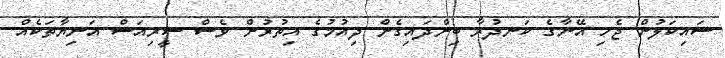
ސައިކަލުން ޖެހި އޭނާގެ ކަނދުރާ ބިންދައިގެން ދިއުމުގެ އިތުރުން ވެސް ސީރިއަސް އަނިޔާތަކެއް